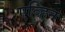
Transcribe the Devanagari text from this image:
एव्हिन